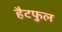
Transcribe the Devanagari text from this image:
हैटफुल